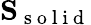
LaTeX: \mathbf{S}_{\mathrm{~s~o~l~i~d~}}